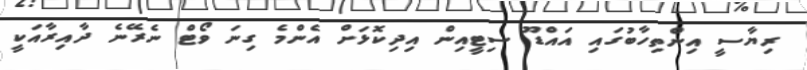
ރިޔާސީ އިންތިހާބުގައި އައްޑޫ ސިޓީއިން އިދިކޮޅަށް އެންމެ ގިނަ ވޯޓް ނެރޭނެ ދާއިރާއަކީ